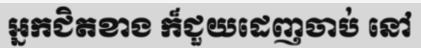
អ្នកជិតខាង ក៏ជួយដេញចាប់ នៅ